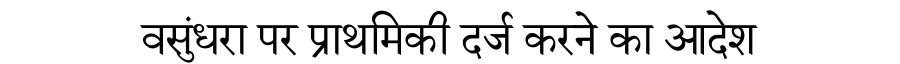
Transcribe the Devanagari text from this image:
वसुंधरा पर प्राथमिकी दर्ज करने का आदेश